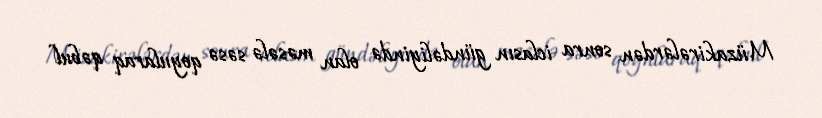
Müzakirələrdən sonra iclasın gündəliyində olan məsələ səsə qoyularaq qəbul